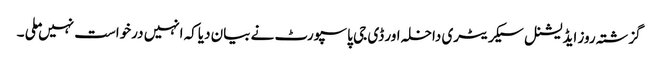
گزشتہ روز ایڈیشنل سیکریٹری داخلہ اور ڈی جی پاسپورٹ نے بیان دیاکہ انہیں درخواست نہیں ملی ۔